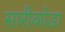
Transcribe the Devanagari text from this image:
सारीकोडा